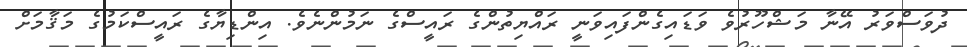
ދުވަސްވަރު އޭނާ މަޝްހޫރުވެ ވަޑައިގެންފައިވަނީ ރައްޔިތުންގެ ރައީސްގެ ނަމުންނެވެ. އިންޑިޔާގެ ރައީސްކަމުގެ މަޤާމަށް